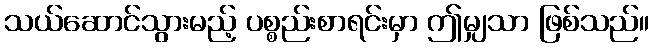
သယ်ဆောင်သွားမည့် ပစ္စည်းစာရင်းမှာ ဤမျှသာ ဖြစ်သည်။